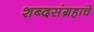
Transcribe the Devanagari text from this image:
शब्दसंग्रहाचे